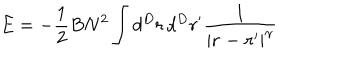
LaTeX: E = - { \frac { 1 } { 2 } } B N ^ { 2 } \int d ^ { D } r \, d ^ { D } r ^ { \prime } { \frac { 1 } { | { \bf r - r ^ { \prime } } | ^ { \gamma } } }